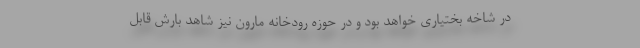
در شاخه بختیاری خواهد بود و در حوزه رودخانه مارون نیز شاهد بارش قابل